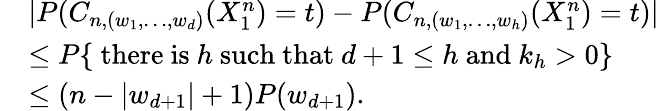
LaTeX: \begin{array}{rl}&{|P(C_{n,(w_{1},\ldots,w_{d})}(X_{1}^{n})=t)-P(C_{n,(w_{1},\ldots,w_{h})}(X_{1}^{n})=t)|}\\ &{\leq P\{ \mathrm{~there~is~}h\mathrm{~such~that~}d+1\leq h\mathrm{~and~}k_{h}>0\} }\\ &{\leq(n-|w_{d+1}|+1)P(w_{d+1}).}\end{array}